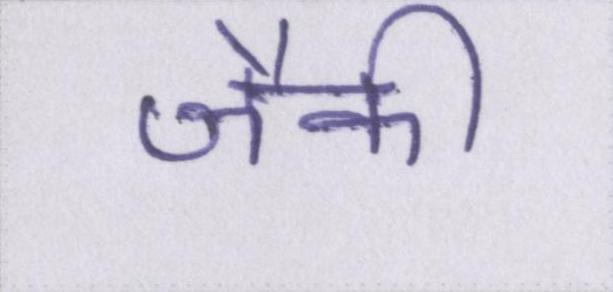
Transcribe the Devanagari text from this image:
जैकी